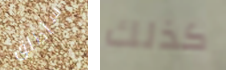
سأطلق كذلك